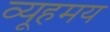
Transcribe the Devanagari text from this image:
व्यूहमय